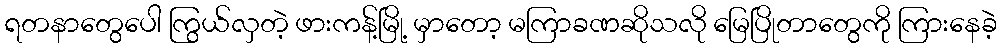
ရတနာတွေပေါ ကြွယ်လှတဲ့ ဖားကန့်မြို့ မှာတော့ မကြာခဏဆိုသလို မြေပြိုတာတွေကို ကြားနေခဲ့